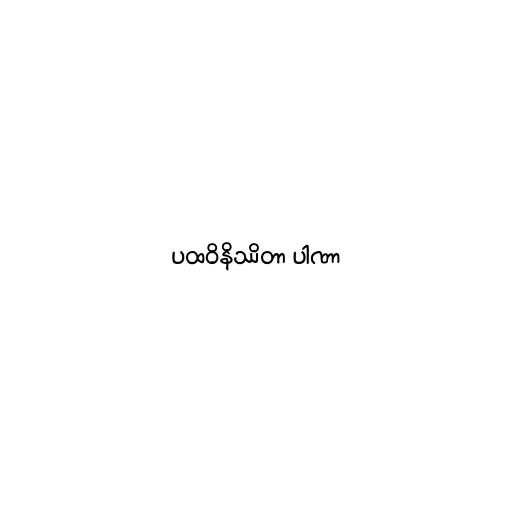
ပထဝိနိဿိတာ ပါဏာ